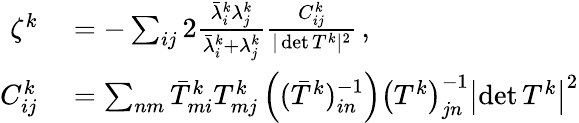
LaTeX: \begin{array}{rl}{\zeta^{k}}&{{}=-\sum_{ij}2\frac{\bar{\lambda}_{i}^{k}\lambda_{j}^{k}}{\bar{\lambda}_{i}^{k}+\lambda_{j}^{k}}\frac{C_{ij}^{k}}{\vert\operatorname*{det}T^{k}\vert^{2}}\, ,}\\ {C_{ij}^{k}}&{{}=\sum_{nm}\bar{T}_{mi}^{k}T_{mj}^{k}\left((\bar{T}^{k})_{in}^{-1}\right)\left(T^{k}\right)_{jn}^{-1}\left\vert\operatorname*{det}T^{k}\right\vert^{2}}\end{array}